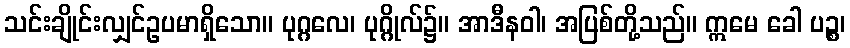
သင်းချိုင်းလျှင်ဥပမာရှိသော။ ပုဂ္ဂလေ၊ ပုဂ္ဂိုလ်၌။ အာဒီနဝါ၊ အပြစ်တို့သည်။ ဣမေ ခေါ ပဉ္စ၊